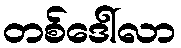
တစ်ဒေါ်လာ